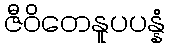
ဇီဝိတေနူပပန္နံ